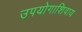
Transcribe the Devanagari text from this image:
उपयोगाशिवाय